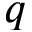
q